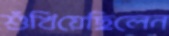
শুঁখিয়েছিলেন